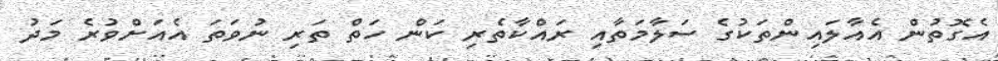
އެގޮތުން އެއާލައިންތަކުގެ ސަލާމަތާއި ރައްކާތެރި ކަން ހަތް ތަރި ނުވަތަ އެއަށްވުރެ މަދު